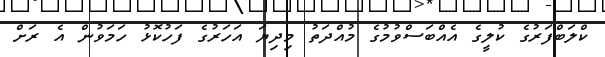
ކްލަބްފަރުގެ ކުލީގެ އެއްބަސްވުމުގެ މުއްދަތު މިދިޔަ އަހަރުގެ ފަހުކޮޅު ހަމަވުން އެ ރަށް